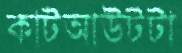
কাটআউটটা